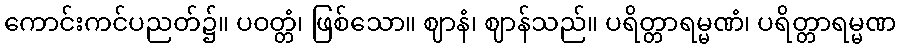
ကောင်းကင်ပညတ်၌။ ပဝတ္တံ၊ ဖြစ်သော။ ဈာနံ၊ ဈာန်သည်။ ပရိတ္တာရမ္မဏံ၊ ပရိတ္တာရမ္မဏ